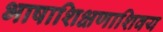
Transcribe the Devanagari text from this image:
भाषाशिक्षणाशिवय